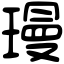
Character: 㻴